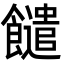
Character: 䭤